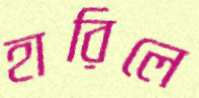
হারিলে